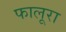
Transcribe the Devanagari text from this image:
फालूरा